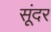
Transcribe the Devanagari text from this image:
सूंदर